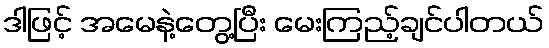
ဒါဖြင့် အမေနဲ့တွေ့ပြီး မေးကြည့်ချင်ပါတယ်